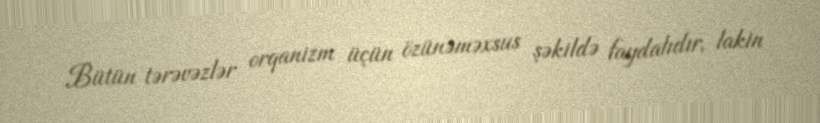
Bütün tərəvəzlər orqanizm üçün özünəməxsus şəkildə faydalıdır, lakin